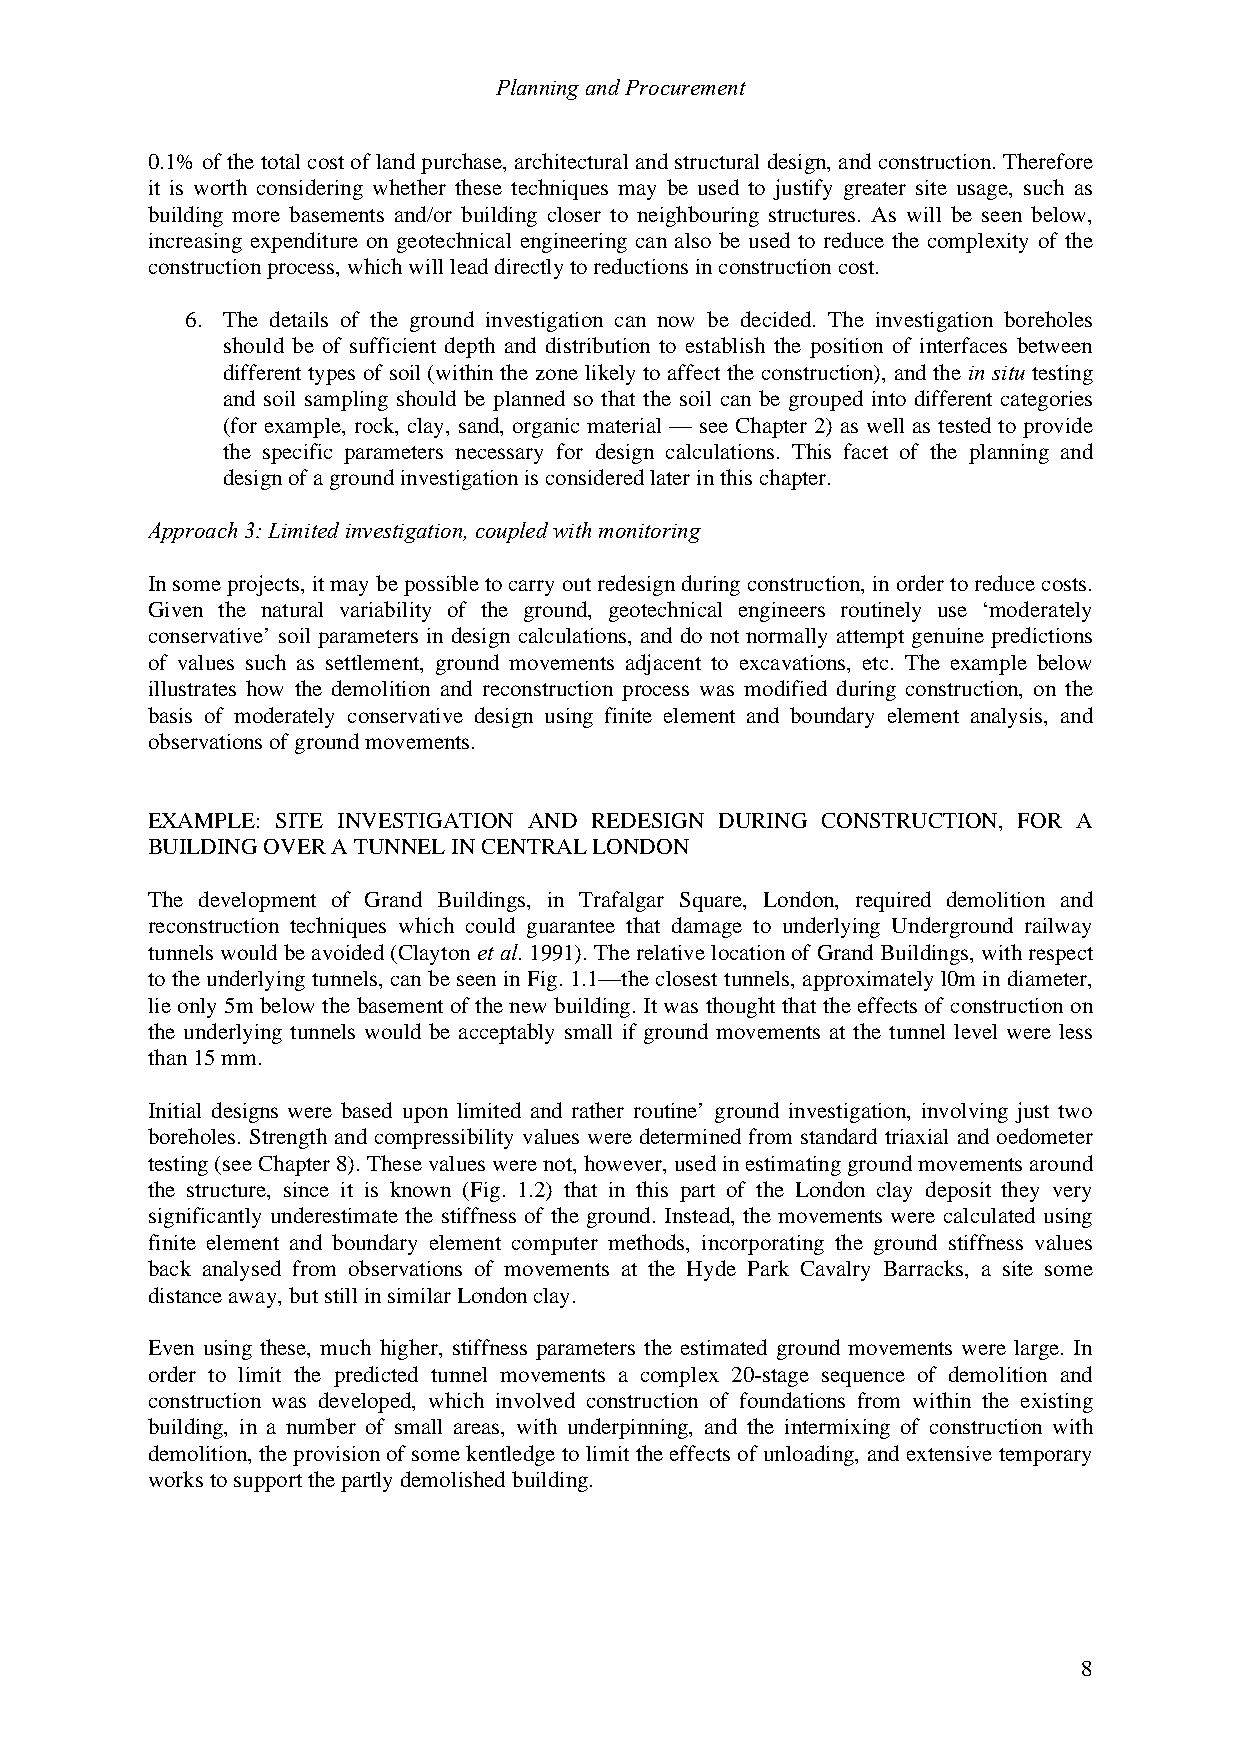
Planning and Procurement
 0.1% of the total cost of land purchase, architectural and structural design, and construction. Therefore
 it is worth considering whether these techniques may be used to justify greater site usage, such as
 building more basements and/or building closer to neighbouring structures. As will be seen below,
 increasing expenditure on geotechnical engineering can also be used to reduce the complexity of the
 construction process, which will lead directly to reductions in construction cost.
 6. The details of the ground investigation can now be decided. The investigation boreholes
 should be of sufficient depth and distribution to establish the position of interfaces between
 different types of soil (within the zone likely to affect the construction), and the in situ testing
 and soil sampling should be planned so that the soil can be grouped into different categories
 (for example, rock, clay, sand, organic material — see Chapter 2) as well as tested to provide
 the specific parameters necessary for design calculations. This facet of the planning and
 design of a ground investigation is considered later in this chapter.
 Approach 3: Limited investigation, coupled with monitoring
 In some projects, it may be possible to carry out redesign during construction, in order to reduce costs.
 Given the natural variability of the ground, geotechnical engineers routinely use ‘moderately
 conservative’ soil parameters in design calculations, and do not normally attempt genuine predictions
 of values such as settlement, ground movements adjacent to excavations, etc. The example below
 illustrates how the demolition and reconstruction process was modified during construction, on the
 basis of moderately conservative design using finite element and boundary element analysis, and
 observations of ground movements.
 EXAMPLE: SITE INVESTIGATION AND REDESIGN DURING CONSTRUCTION, FOR A
 BUILDING OVER A TUNNEL IN CENTRAL LONDON
 The development of Grand Buildings, in Trafalgar Square, London, required demolition and
 reconstruction techniques which could guarantee that damage to underlying Underground railway
 tunnels would be avoided (Clayton et al. 1991). The relative location of Grand Buildings, with respect
 to the underlying tunnels, can be seen in Fig. 1.1—the closest tunnels, approximately l0m in diameter,
 lie only 5m below the basement of the new building. It was thought that the effects of construction on
 the underlying tunnels would be acceptably small if ground movements at the tunnel level were less
 than 15 mm.
 Initial designs were based upon limited and rather routine’ ground investigation, involving just two
 boreholes. Strength and compressibility values were determined from standard triaxial and oedometer
 testing (see Chapter 8). These values were not, however, used in estimating ground movements around
 the structure, since it is known (Fig. 1.2) that in this part of the London clay deposit they very
 significantly underestimate the stiffness of the ground. Instead, the movements were calculated using
 finite element and boundary element computer methods, incorporating the ground stiffness values
 back analysed from observations of movements at the Hyde Park Cavalry Barracks, a site some
 distance away, but still in similar London clay.
 Even using these, much higher, stiffness parameters the estimated ground movements were large. In
 order to limit the predicted tunnel movements a complex 20-stage sequence of demolition and
 construction was developed, which involved construction of foundations from within the existing
 building, in a number of small areas, with underpinning, and the intermixing of construction with
 demolition, the provision of some kentledge to limit the effects of unloading, and extensive temporary
 works to support the partly demolished building.
 8